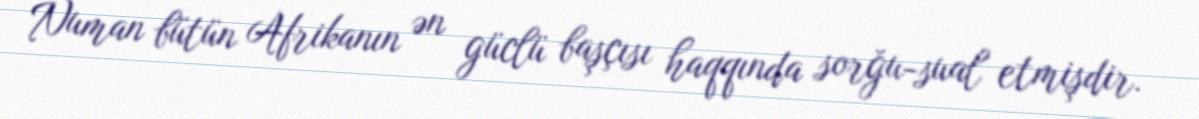
Numan bütün Afrikanın ən güclü başçısı haqqında sorğu-sual etmişdir.